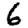
Digit: 6